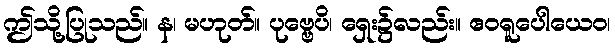
ဤသို့ပြုသည်။ န၊ မဟုတ်။ ပုဗ္ဗေပိ၊ ရှေး၌လည်း။ ဧဝရူပေါယေဝ၊